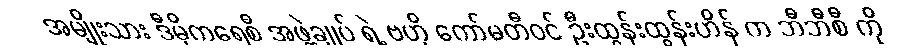
အမျိုးသား ဒီမိုကရေစီ အဖွဲ့ချုပ် ရဲ့ ဗဟို ကော်မတီဝင် ဦးထွန်းထွန်းဟိန် က ဘီဘီစီ ကို